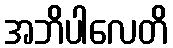
အဘိပါလေတိ